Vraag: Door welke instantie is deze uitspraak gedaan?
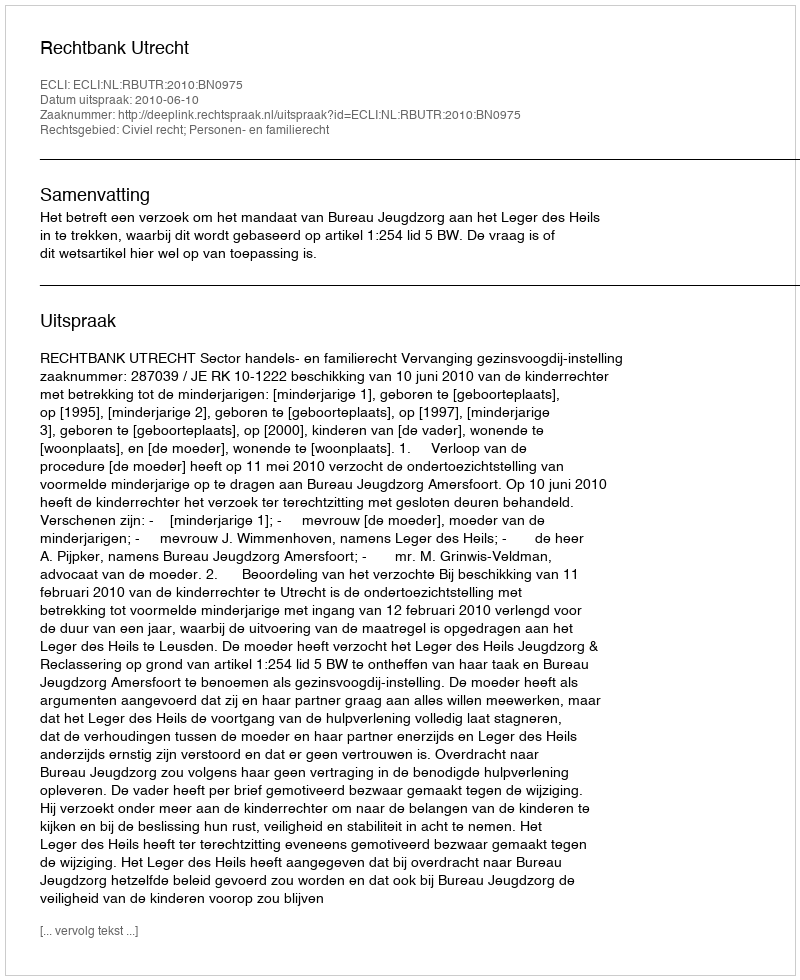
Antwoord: Rechtbank Utrecht